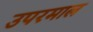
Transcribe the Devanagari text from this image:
उपरमाल